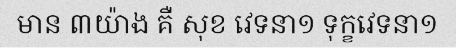
មាន ៣យ៉ាង គឺ សុខ វេទនា១ ទុក្ខវេទនា១